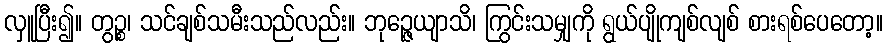
လှူပြီး၍။ တွဉ္စ၊ သင်ချစ်သမီးသည်လည်း။ ဘုဉ္ဇေယျာသိ၊ ကြွင်းသမျှကို ရွယ်ပျိုကျစ်လျစ် စားရစ်ပေတော့။